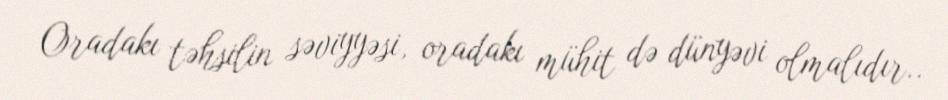
Oradakı təhsilin səviyyəsi, oradakı mühit də dünyəvi olmalıdır..